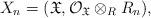
LaTeX: \begin{align*}X_n=(\mathfrak X, \mathcal O_{\mathfrak X}\otimes_RR_n),\end{align*}